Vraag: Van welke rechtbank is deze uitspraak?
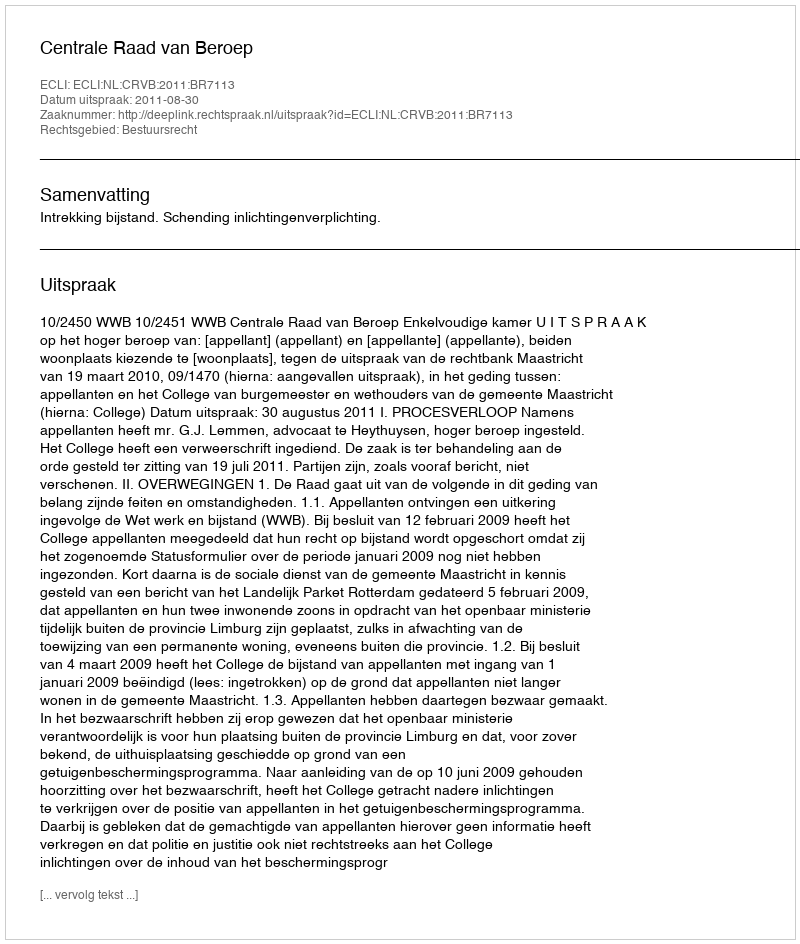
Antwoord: Centrale Raad van Beroep